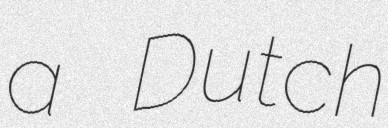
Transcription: a Dutch